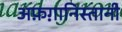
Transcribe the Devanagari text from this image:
अफ़ग़ानिस्तानी